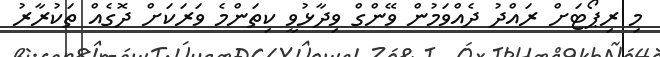
މި ރިޕޯޓަށް ރައްދު ދެއްވަމުން ވޭންގް ވިދާޅުވީ ކިތަންމެ ވަރަކަށް ދޮގެއް ތަކުރާރު